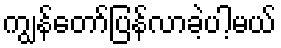
ကျွန်တော်ပြန်လာခဲ့ပါ့မယ်